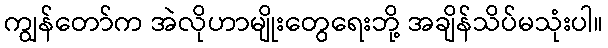
ကျွန်တော်က အဲလိုဟာမျိုးတွေရေးဘို့ အချိန်သိပ်မသုံးပါ။